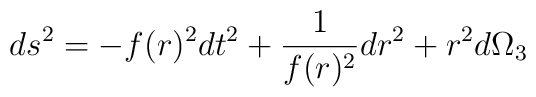
ds^2 = - f(r)^2 dt^2 + {1\over f(r)^2} dr^2 + r^2 d\Omega_3